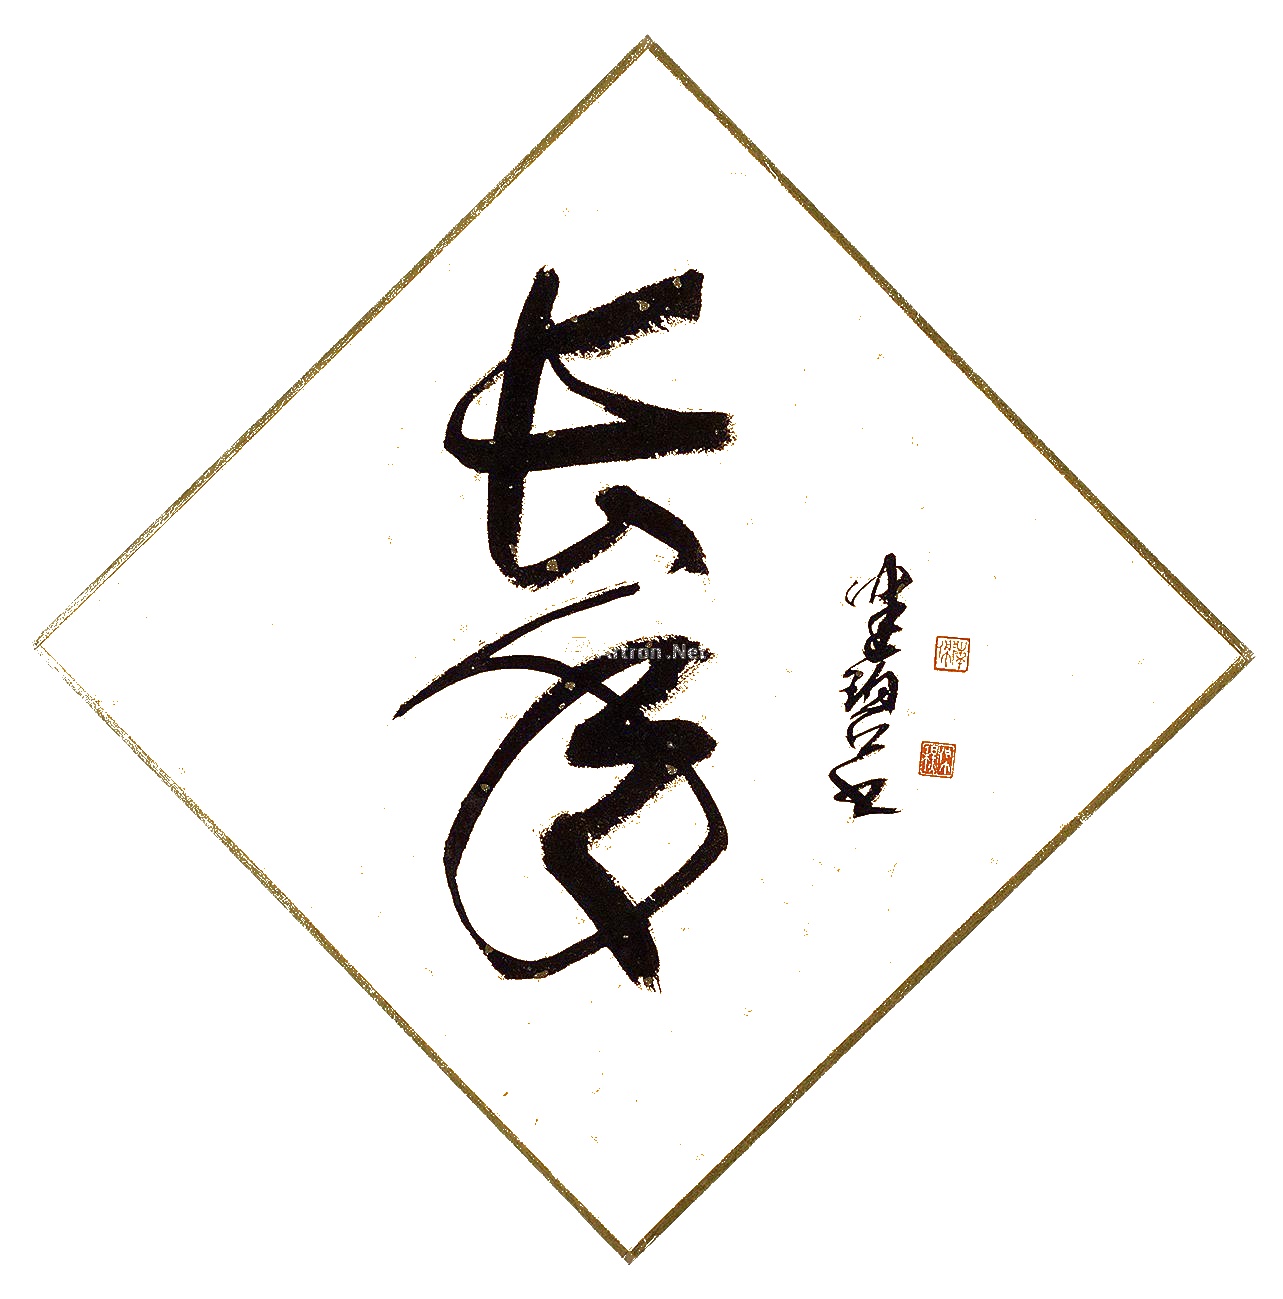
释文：长寿。健碧书